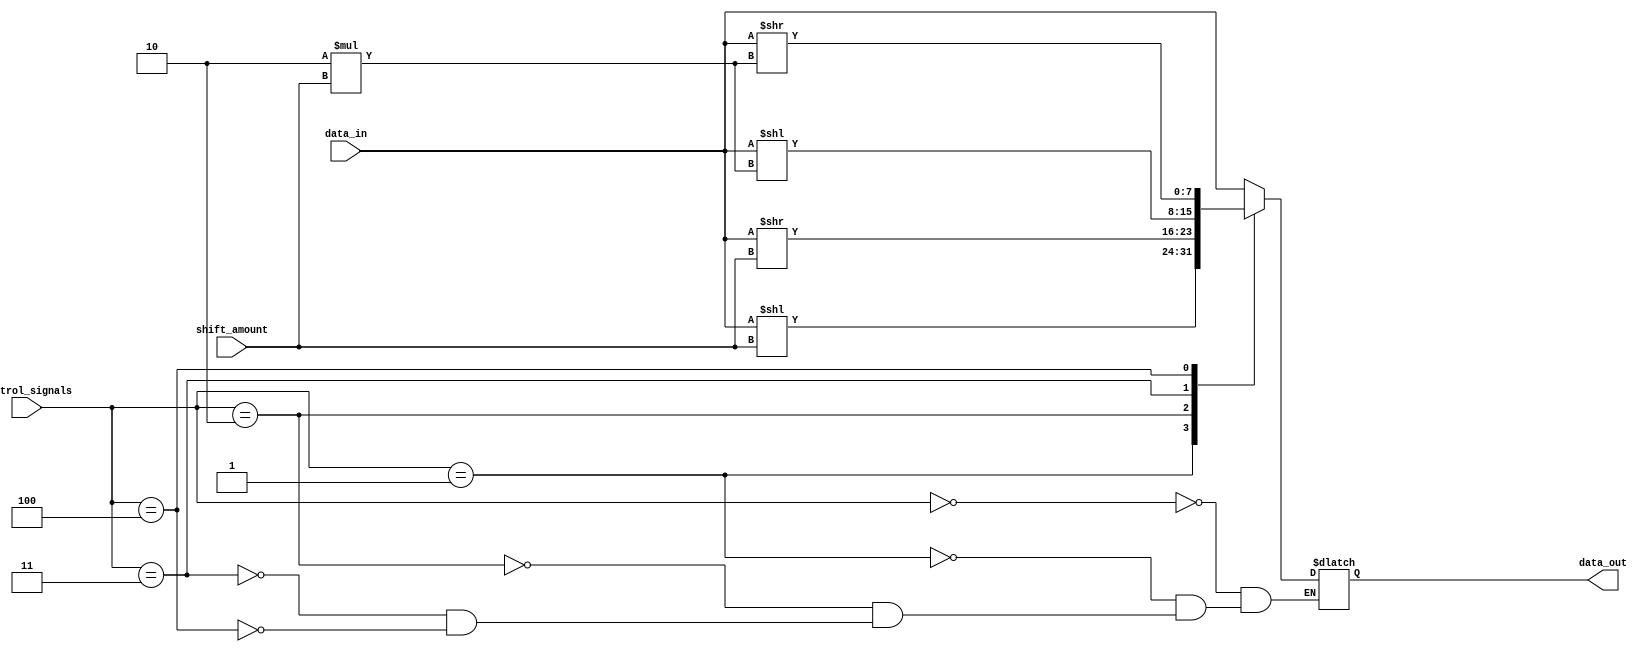
module sparse_barrel_shifter (
    input [7:0] data_in,
    input [2:0] shift_amount,
    input [7:0] control_signals,
    output reg [7:0] data_out
);

always @(control_signals or shift_amount or data_in) begin
    case (control_signals)
        3'b000: data_out = data_in;           // No shifting
        3'b001: data_out = data_in << shift_amount;  // Left shift
        3'b010: data_out = data_in >> shift_amount;  // Right shift
        3'b011: data_out = data_in << (2 * shift_amount);  // Double left shift
        3'b100: data_out = data_in >> (2 * shift_amount);  // Double right shift
        // Add more cases as needed for different shifting patterns
    endcase
end

endmodule